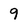
Character: 9